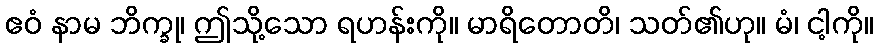
ဧဝံ နာမ ဘိက္ခု၊ ဤသို့သော ရဟန်းကို။ မာရိတောတိ၊ သတ်၏ဟု။ မံ၊ ငါ့ကို။